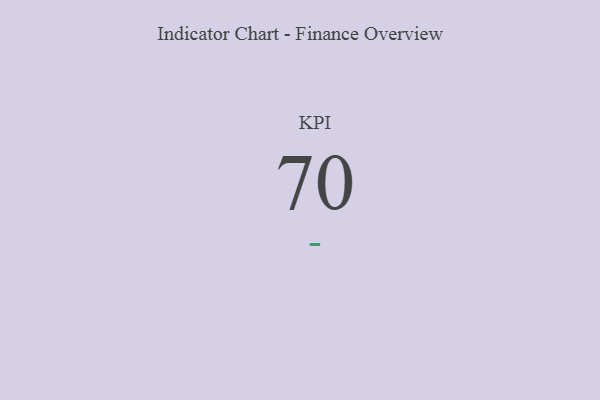
{"axis": {"x": "KPI", "y": "Value"}, "legend": [""], "data": [{"x": "KPI", "y": 70, "type": ""}]}